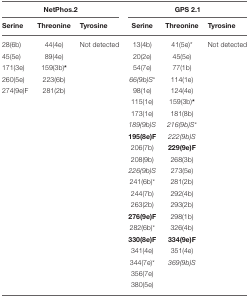
| <COLSPAN=3> NetPhos.2 | <COLSPAN=3> GPS 2.1 |
 | Serine | Threonine | Tyrosine | Serine | Threonine | Tyrosine |
 | --- | --- | --- | --- | --- | --- |
 | 28(6b) | 44(4e) | Not detected | 13(4b) | 41(5e)* | Not detected |
 | 45(5e) | 89(4e) |  | 20(2e) | 45(5e) |  |
 | 171(3e) | 159(3b)* |  | 54(7e) | 77(1b) |  |
 | 260(5e) | 223(6b) |  | 66(9b)S* | 114(1e) |  |
 | 274(9e)F | 281(2b) |  | 98(1e) | 124(4e) |  |
 |  |  |  | 115(1e) | 159(3b)* |  |
 |  |  |  | 173(1e) | 181(8b) |  |
 |  |  |  | 189(9b)S | 216(9b)S* |  |
 |  |  |  | 195(8e)F | 222(9b)S |  |
 |  |  |  | 206(7b) | 229(9e)F |  |
 |  |  |  | 208(9b) | 268(3b) |  |
 |  |  |  | 226(9b)S | 273(5e) |  |
 |  |  |  | 241(6b)* | 281(2b) |  |
 |  |  |  | 244(7b) | 292(4b) |  |
 |  |  |  | 263(2b) | 293(2b) |  |
 |  |  |  | 276(9e)F | 298(1b) |  |
 |  |  |  | 282(6b)* | 326(4b) |  |
 |  |  |  | 330(8e)F | 334(9e)F |  |
 |  |  |  | 341(4e) | 351(4e) |  |
 |  |  |  | 344(7e)* | 369(9b)S |  |
 |  |  |  | 356(7e) |  |  |
 |  |  |  | 380(5e) |  |  |